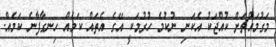
މަގުމައްޗަށް ކުއްޖަކު އެކަނި ނުކުމެ ހުރުމަކީ އޭގެ އެތައް ކަމެއް ހިނގާފާނެ ކަމެއް.